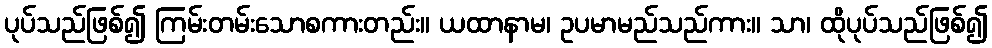
ပုပ်သည်ဖြစ်၍ ကြမ်းတမ်းသောစကားတည်း။ ယထာနာမ၊ ဥပမာမည်သည်ကား။ သာ၊ ထိုပုပ်သည်ဖြစ်၍